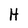
Character: H